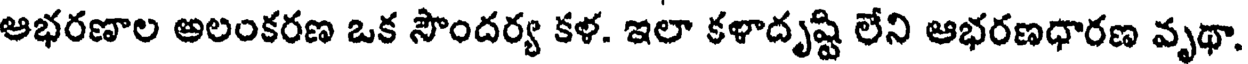
ఆభరణాల అలంకరణ ఒక సౌందర్య కళ. ఇలా కళాదృష్టి లేని ఆభరణధారణ వృథా